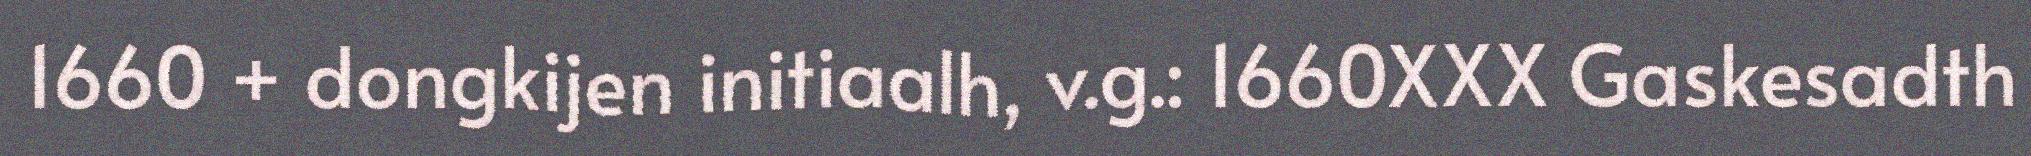
1660 + dongkijen initiaalh, v.g.: 1660XXX Gaskesadth